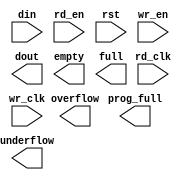
module data_fifo_dist(
	din,
	rd_clk,
	rd_en,
	rst,
	wr_clk,
	wr_en,
	dout,
	empty,
	full,
	overflow,
	prog_full,
	underflow);


input [161 : 0] din;
input rd_clk;
input rd_en;
input rst;
input wr_clk;
input wr_en;
output [161 : 0] dout;
output empty;
output full;
output overflow;
output prog_full;
output underflow;

// synthesis translate_off

      FIFO_GENERATOR_V4_4 #(
		.C_COMMON_CLOCK(0),
		.C_COUNT_TYPE(0),
		.C_DATA_COUNT_WIDTH(5),
		.C_DEFAULT_VALUE("BlankString"),
		.C_DIN_WIDTH(162),
		.C_DOUT_RST_VAL("0"),
		.C_DOUT_WIDTH(162),
		.C_ENABLE_RLOCS(0),
		.C_FAMILY("virtex5"),
		.C_FULL_FLAGS_RST_VAL(1),
		.C_HAS_ALMOST_EMPTY(0),
		.C_HAS_ALMOST_FULL(0),
		.C_HAS_BACKUP(0),
		.C_HAS_DATA_COUNT(0),
		.C_HAS_INT_CLK(0),
		.C_HAS_MEMINIT_FILE(0),
		.C_HAS_OVERFLOW(1),
		.C_HAS_RD_DATA_COUNT(0),
		.C_HAS_RD_RST(0),
		.C_HAS_RST(1),
		.C_HAS_SRST(0),
		.C_HAS_UNDERFLOW(1),
		.C_HAS_VALID(0),
		.C_HAS_WR_ACK(0),
		.C_HAS_WR_DATA_COUNT(0),
		.C_HAS_WR_RST(0),
		.C_IMPLEMENTATION_TYPE(2),
		.C_INIT_WR_PNTR_VAL(0),
		.C_MEMORY_TYPE(2),
		.C_MIF_FILE_NAME("BlankString"),
		.C_MSGON_VAL(1),
		.C_OPTIMIZATION_MODE(0),
		.C_OVERFLOW_LOW(0),
		.C_PRELOAD_LATENCY(0),
		.C_PRELOAD_REGS(1),
		.C_PRIM_FIFO_TYPE("512x72"),
		.C_PROG_EMPTY_THRESH_ASSERT_VAL(4),
		.C_PROG_EMPTY_THRESH_NEGATE_VAL(5),
		.C_PROG_EMPTY_TYPE(0),
		.C_PROG_FULL_THRESH_ASSERT_VAL(29),
		.C_PROG_FULL_THRESH_NEGATE_VAL(28),
		.C_PROG_FULL_TYPE(1),
		.C_RD_DATA_COUNT_WIDTH(5),
		.C_RD_DEPTH(32),
		.C_RD_FREQ(1),
		.C_RD_PNTR_WIDTH(5),
		.C_UNDERFLOW_LOW(0),
		.C_USE_DOUT_RST(1),
		.C_USE_ECC(0),
		.C_USE_EMBEDDED_REG(0),
		.C_USE_FIFO16_FLAGS(0),
		.C_USE_FWFT_DATA_COUNT(0),
		.C_VALID_LOW(0),
		.C_WR_ACK_LOW(0),
		.C_WR_DATA_COUNT_WIDTH(5),
		.C_WR_DEPTH(32),
		.C_WR_FREQ(1),
		.C_WR_PNTR_WIDTH(5),
		.C_WR_RESPONSE_LATENCY(1))
	inst (
		.DIN(din),
		.RD_CLK(rd_clk),
		.RD_EN(rd_en),
		.RST(rst),
		.WR_CLK(wr_clk),
		.WR_EN(wr_en),
		.DOUT(dout),
		.EMPTY(empty),
		.FULL(full),
		.OVERFLOW(overflow),
		.PROG_FULL(prog_full),
		.UNDERFLOW(underflow),
		.CLK(),
		.INT_CLK(),
		.BACKUP(),
		.BACKUP_MARKER(),
		.PROG_EMPTY_THRESH(),
		.PROG_EMPTY_THRESH_ASSERT(),
		.PROG_EMPTY_THRESH_NEGATE(),
		.PROG_FULL_THRESH(),
		.PROG_FULL_THRESH_ASSERT(),
		.PROG_FULL_THRESH_NEGATE(),
		.RD_RST(),
		.SRST(),
		.WR_RST(),
		.ALMOST_EMPTY(),
		.ALMOST_FULL(),
		.DATA_COUNT(),
		.PROG_EMPTY(),
		.VALID(),
		.RD_DATA_COUNT(),
		.WR_ACK(),
		.WR_DATA_COUNT(),
		.SBITERR(),
		.DBITERR());


// synthesis translate_on

endmodule